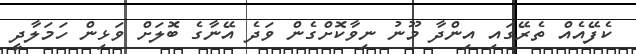
ކެފޭއެއް ތެރޭގައި އިންދާ މޫނު ނިވާކޮށްގެން ވަދެ އޭނާގެ ބޮލަށް ވަޅިން ހަމަލާދީ